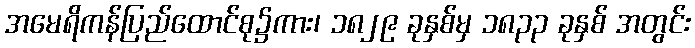
အမေရိကန်ပြည်ထောင်စု၌ကား၊ ၁၈၂၉ ခုနှစ်မှ ၁၈၃၃ ခုနှစ် အတွင်း